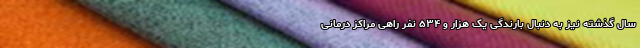
سال گذشته نیز به دنبال بارندگی یک هزار و ۵۳۴ نفر راهی مراکز درمانی